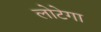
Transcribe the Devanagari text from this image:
लोटेगा